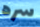
سره